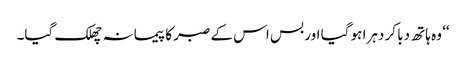
‘‘ وہ ہاتھ دبا کر دہرا ہو گیا اور بس اس کے صبر کا پیمانہ چھلک گیا۔